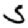
Digit: 5